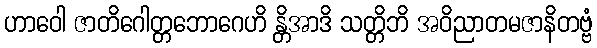
ဟာဝေါ ဇာတိဂေါတ္တဘောဂေဟိ န္တိအာဒိ သတ္တိဘိ အဝိညာတမဇာနိတဗ္ဗံ